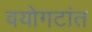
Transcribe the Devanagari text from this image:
वयोगटांत